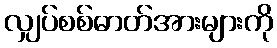
လျှပ်စစ်ဓာတ်အားများကို